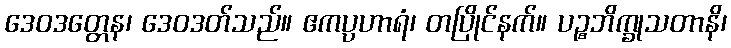
ဒေဝဒတ္တေန၊ ဒေဝဒတ်သည်။ ဧကပ္ပဟာရံ၊ တပြိုင်နက်။ ပဉ္စဘိက္ခုသတာနိ၊